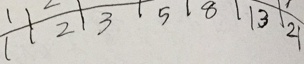
1 1 2 3 5 8 1 3 2 1